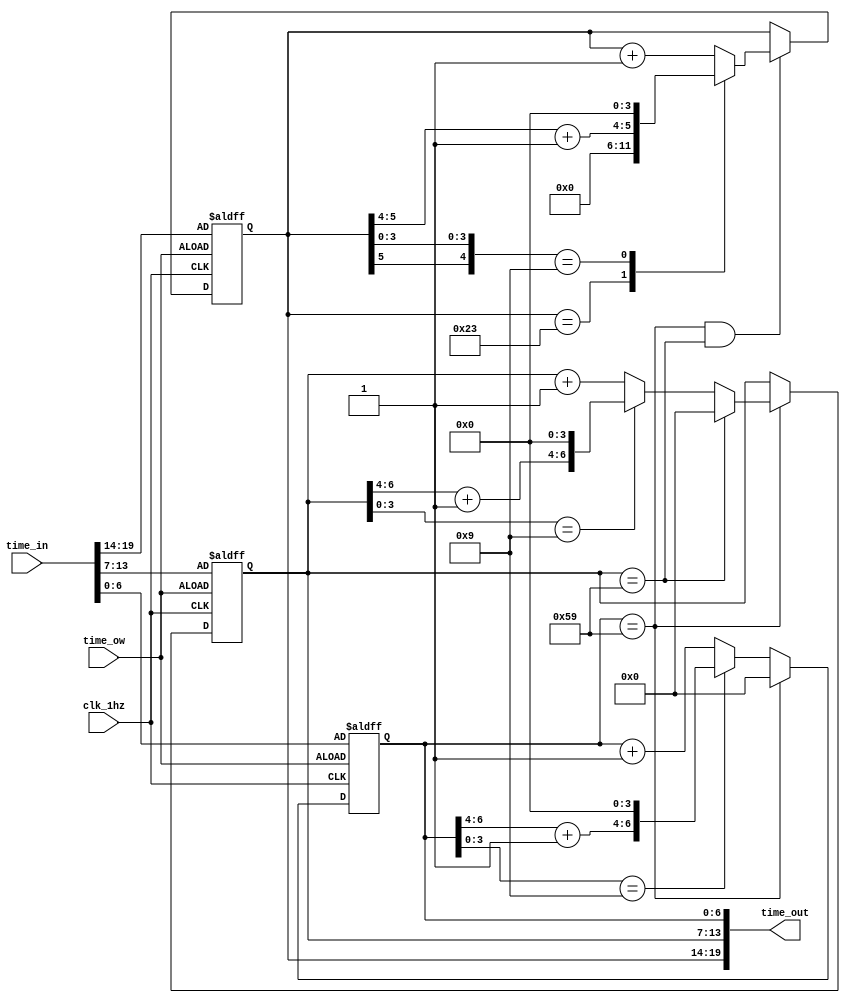
module clockWorkDec(clk_1hz, time_in, time_out, time_ow);
  input clk_1hz, time_ow; //1 Hz clock (clock), Time overwrite (asynchronous reset)
  //Time signal format: hh_hhhh:mmm_mmmm:sss_ssss only decimal values
  input [19:0] time_in; //time input
  output [19:0] time_out; //main output

  //separated time signals to respective meaning
  wire [6:0] sec_in, min_in;
  wire [5:0] hour_in;
  reg [6:0] sec_reg, min_reg;
  reg [5:0] hour_reg;

  //separation and combination of time signals
  assign {hour_in, min_in, sec_in} = time_in;
  assign time_out = {hour_reg, min_reg, sec_reg};

  //handle seconds
  always@(posedge clk_1hz or negedge time_ow)
    begin
      if(~time_ow)
        begin
				 sec_reg <= sec_in;
        end
      else
        begin
          casex(sec_reg)
            7'h59:
              begin
                sec_reg <= 7'd0;
              end
            7'h?9:
              begin
                sec_reg <= {(sec_reg[6:4]+3'd1),4'h0};
              end
            default:
              begin
                sec_reg <= sec_reg + 7'd1;
              end
          endcase
        end
    end

  //handle minutes
  always@(posedge clk_1hz or negedge time_ow)
    begin
      if(~time_ow)
        begin
				min_reg <= min_in;
        end
      else
        begin
          if(sec_reg == 7'h59)
            begin
              casex(min_reg)
                7'h59:
                  begin
                    min_reg <= 7'h0;
                  end
                7'h?9:
                  begin
                    min_reg <= {(min_reg[6:4]+3'd1),4'h0};
                  end
                default:
                  begin
                    min_reg <= min_reg + 7'd1;
                  end
              endcase
            end
        end
    end

  //handle hours
  always@(posedge clk_1hz or negedge time_ow)
    begin
      if(~time_ow)
        begin
             hour_reg <= hour_in;
        end
      else
        begin
          if((sec_reg == 7'h59)&(min_reg == 7'h59))
            begin
              casex(hour_reg)
                6'h23:
                  begin
                    hour_reg <= 6'd0;
                  end
                6'b0?1001: //09 & 19
                  begin
                    hour_reg <= {(hour_reg[5:4]+3'd1),4'd0};
                  end
                default:
                  begin
                    hour_reg <= hour_reg + 6'd1;
                  end
              endcase
            end
        end
    end  
endmodule